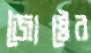
জ্যৈষ্ঠের